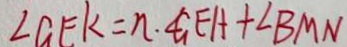
\angle G E K = n \cdot \angle G E A + \angle B M N